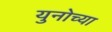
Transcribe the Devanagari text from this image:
युनोच्या